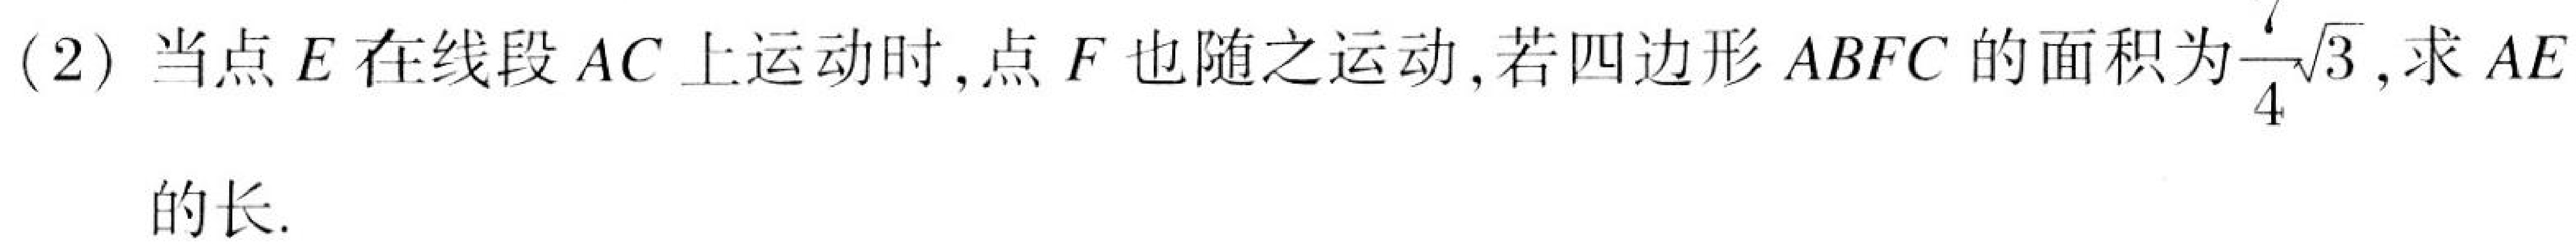
(2) 当点\(E\)在线段\(AC\)上运动时, 点\(F\)也随之运动, 若四边形\(ABFC\)的面积为\(\frac{7}{4}\sqrt{3}\), 求\(AE\)的长.